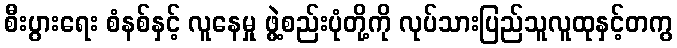
စီးပွားရေး စံနစ်နှင့် လူနေမှု ဖွဲ့စည်းပုံတို့ကို လုပ်သားပြည်သူလူထုနှင့်တကွ